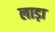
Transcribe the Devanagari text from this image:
लाड़ा